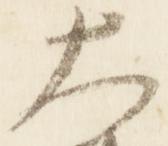
大